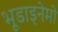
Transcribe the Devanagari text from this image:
भूडाइनेमो